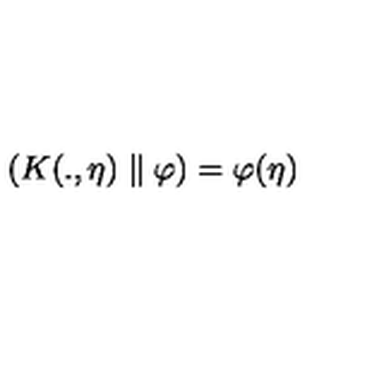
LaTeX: \left( K ( . , \eta ) \parallel \varphi \right) = \varphi ( \eta )